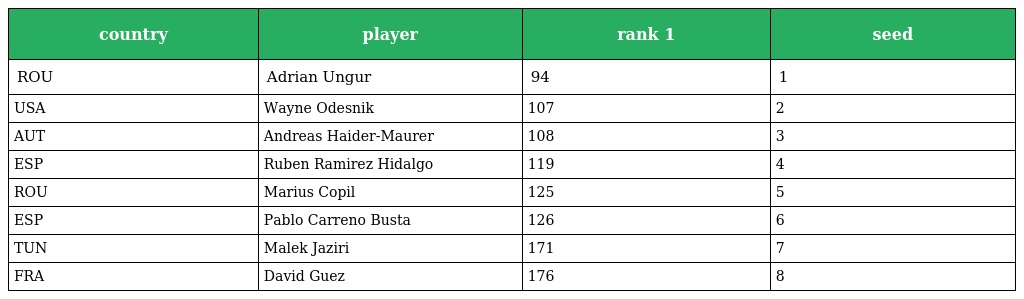
| country | player | rank 1 | seed |
 | --- | --- | --- | --- |
 | ROU | Adrian Ungur | 94 | 1 |
 | USA | Wayne Odesnik | 107 | 2 |
 | AUT | Andreas Haider-Maurer | 108 | 3 |
 | ESP | Ruben Ramirez Hidalgo | 119 | 4 |
 | ROU | Marius Copil | 125 | 5 |
 | ESP | Pablo Carreno Busta | 126 | 6 |
 | TUN | Malek Jaziri | 171 | 7 |
 | FRA | David Guez | 176 | 8 |